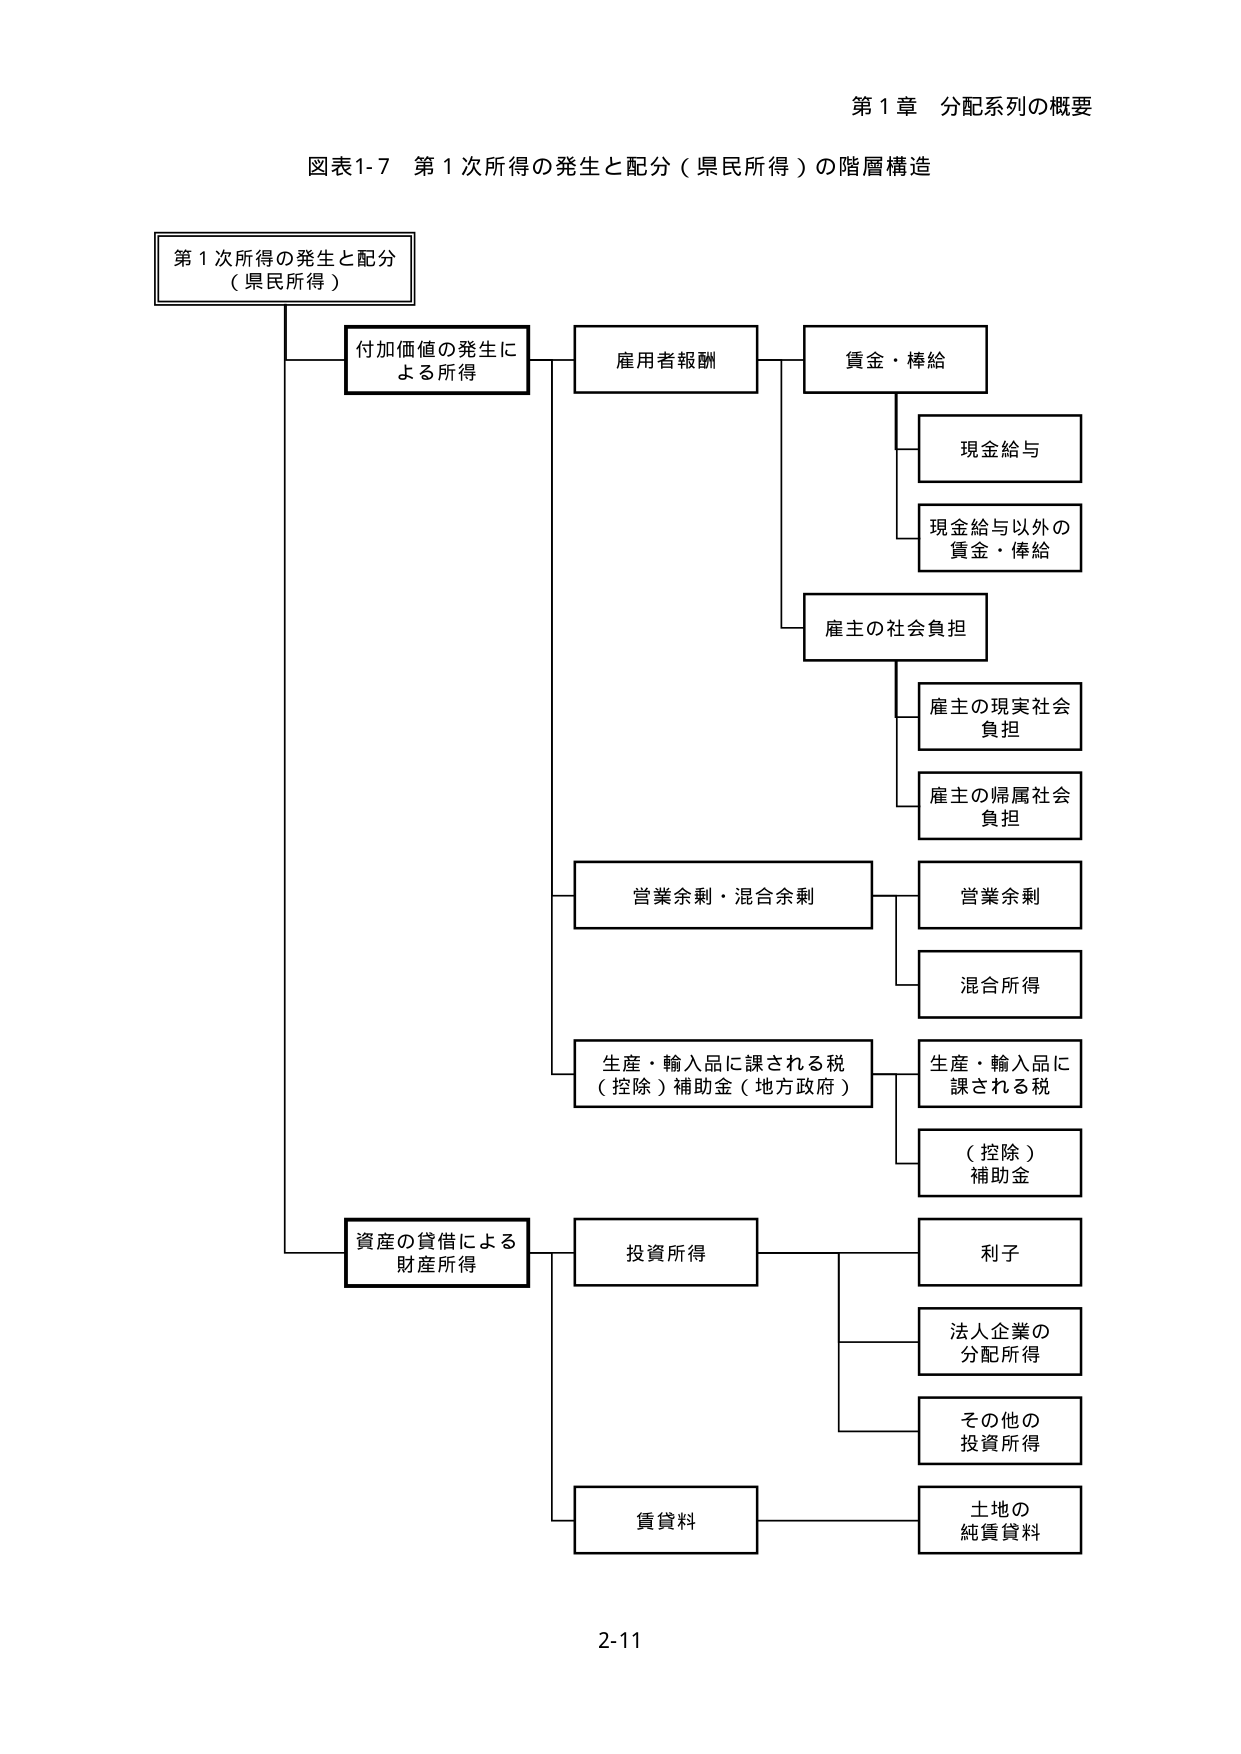
第１章 分配系列の概要

図表1-7 第１次所得の発生と配分（県民所得）の階層構造

第１次所得の発生と配分
（県民所得）

付加価値の発生に
よる所得

雇用者報酬

賃金・俸給

現金給与

現金給与以外の
賃金・俸給

雇主の社会負担

雇主の現実社会
負担

雇主の帰属社会
負担

営業余剰・混合余剰

営業余剰

混合所得

生産・輸入品に課される税
（控除）補助金（地方政府）

生産・輸入品に
課される税

（控除）
補助金

資産の貸借による
財産所得

投資所得

利子

法人企業の
分配所得

その他の
投資所得

賃貸料

土地の
純賃貸料

2-11